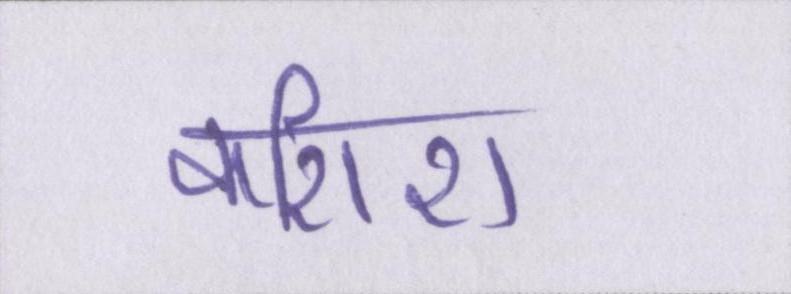
कशिश